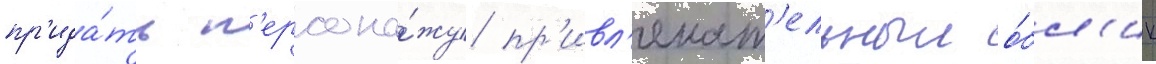
пр'ида́ть п'ерсона́жу пр'ивл'екат'ельныи о́бл'ик